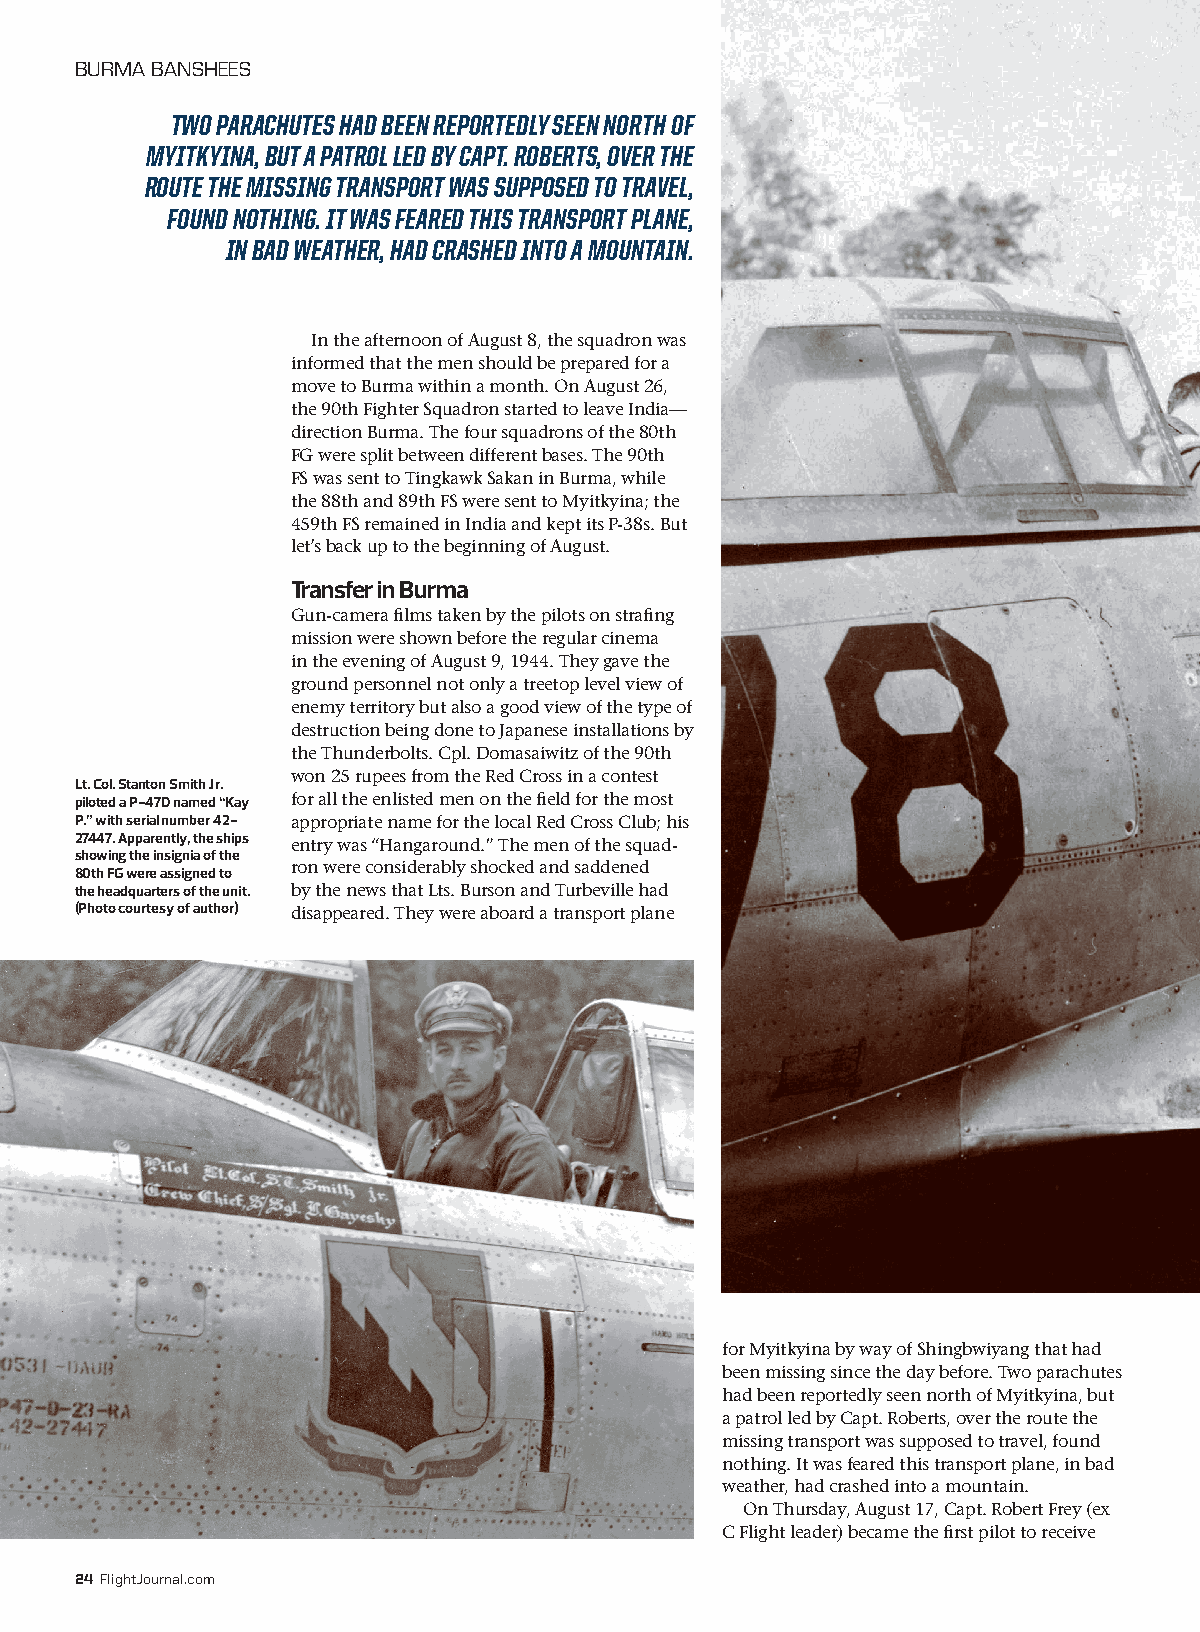
BURMA BANSHEES
 TWO PARACHUTES HAD BEEN REPORTEDLY SEEN NORTH OF
 MYITKYINA, BUT A PATROL LED BY CAPT. ROBERTS, OVER THE
 ROUTE THE MISSING TRANSPORT WAS SUPPOSED TO TRAVEL,
 FOUND NOTHING. IT WAS FEARED THIS TRANSPORT PLANE,
 IN BAD WEATHER, HAD CRASHED INTO A MOUNTAIN.
 In the afternoon of August 8, the squadron was
 informed that the men should be prepared for a
 move to Burma within a month. On August 26,
 the 90th Fighter Squadron started to leave India—
 direction Burma. The four squadrons of the 80th
 FG were split between different bases. The 90th
 FS was sent to Tingkawk Sakan in Burma, while
 the 88th and 89th FS were sent to Myitkyina; the
 459th FS remained in India and kept its P-38s. But
 let’s back up to the beginning of August.
 Transfer in Burma
 Gun-camera films taken by the pilots on strafing
 mission were shown before the regular cinema
 in the evening of August 9, 1944. They gave the
 ground personnel not only a treetop level view of
 enemy territory but also a good view of the type of
 destruction being done to Japanese installations by
 the Thunderbolts. Cpl. Domasaiwitz of the 90th
 won 25 rupees from the Red Cross in a contest
 Lt. Col. Stanton Smith Jr.
 piloted a P-47D named “Kay for all the enlisted men on the field for the most
 P.” with serial number 42- appropriate name for the local Red Cross Club; his
 27447. Apparently, the ships entry was “Hangaround.” The men of the squad-
 showing the insignia of the
 ron were considerably shocked and saddened
 80th FG were assigned to
 the headquarters of the unit. by the news that Lts. Burson and Turbeville had
 (Photo courtesy of author) disappeared. They were aboard a transport plane
 for Myitkyina by way of Shingbwiyang that had
 been missing since the day before. Two parachutes
 had been reportedly seen north of Myitkyina, but
 a patrol led by Capt. Roberts, over the route the
 missing transport was supposed to travel, found
 nothing. It was feared this transport plane, in bad
 weather, had crashed into a mountain.
 On Thursday, August 17, Capt. Robert Frey (ex
 C Flight leader) became the first pilot to receive
 24 FlightJournal.com